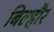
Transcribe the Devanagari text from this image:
बिल्‍हौर